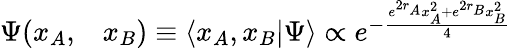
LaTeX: \begin{array}{rl}{\Psi(x_{A},}&{{}x_{B})\equiv\langle x_{A},x_{B}\vert\Psi\rangle\propto e^{-\frac{e^{2r_{A}}x_{A}^{2}+e^{2r_{B}}x_{B}^{2}}{4}}}\end{array}